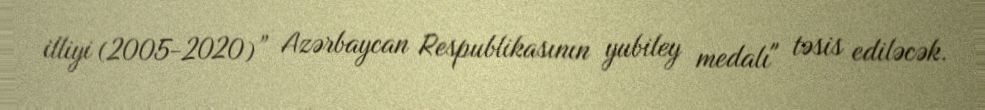
illiyi (2005-2020)” Azərbaycan Respublikasının yubiley medalı" təsis ediləcək.